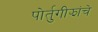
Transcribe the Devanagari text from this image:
पोर्तुगीझांचे